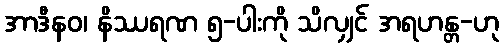
အာဒီနဝ၊ နိဿရဏ ၅-ပါးကို သိလျှင် အရဟန္တ-ဟု